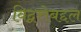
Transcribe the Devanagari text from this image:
विद्वत्तेबद्दल